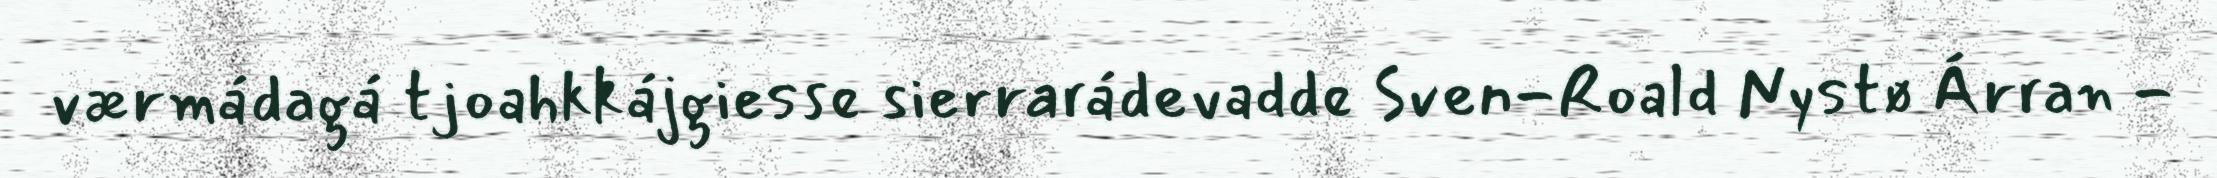
værmádagá tjoahkkájgiesse sierrarádevadde Sven-Roald Nystø Árran -